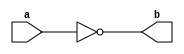
module not_gate(b,a);

output b;
input a;
not n1(b,a);
endmodule

module stimulus1;
wire b;
reg a;

not_gate n2(b,a);

initial
a= 1'b0;

always
#5 a=~a;

initial
$mointor($time,"Output b = %b", b);
endmodule